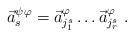
LaTeX: \begin{align*}\vec a^{\psi\varphi}_s = \vec a^\varphi_{j^s_1}\dots\vec a^\varphi_{j^s_r}\ .\end{align*}